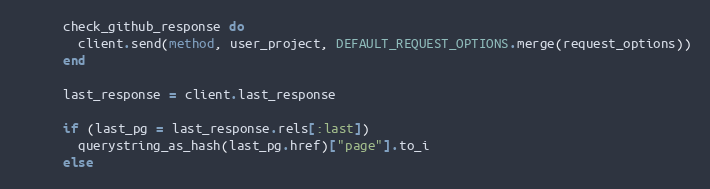
Language: Ruby
      check_github_response do
        client.send(method, user_project, DEFAULT_REQUEST_OPTIONS.merge(request_options))
      end

      last_response = client.last_response

      if (last_pg = last_response.rels[:last])
        querystring_as_hash(last_pg.href)["page"].to_i
      else